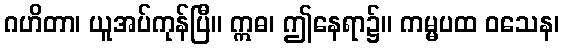
ဂဟိတာ၊ ယူအပ်ကုန်ပြီ။ ဣဓ၊ ဤနေရာ၌။ ကမ္မပထ ဝသေန၊